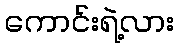
ကောင်းရဲ့လား